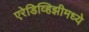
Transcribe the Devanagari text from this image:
एरेडिव्हिझीमध्ये